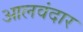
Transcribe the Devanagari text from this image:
आलवंदार